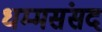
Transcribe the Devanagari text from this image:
धम्मसंसद